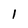
Character: l